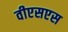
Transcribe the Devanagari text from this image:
वीएसएस